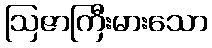
ဩဇာကြီးမားသော